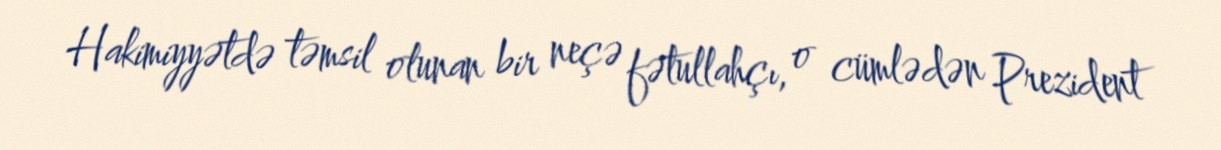
Hakimiyyətdə təmsil olunan bir neçə fətullahçı, o cümlədən Prezident